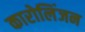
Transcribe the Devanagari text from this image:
कारोलिंजन